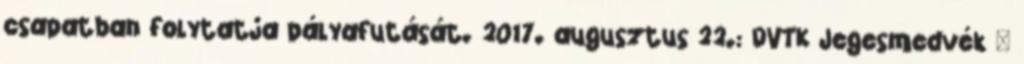
csapatban folytatja pálya­futását. 2017. augusztus 22.: DVTK Jegesmedvék –